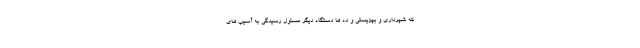
که شهرداری و بهزیستی و ده ها دستگاه دیگر مسئول رسیدگی به آسیب های